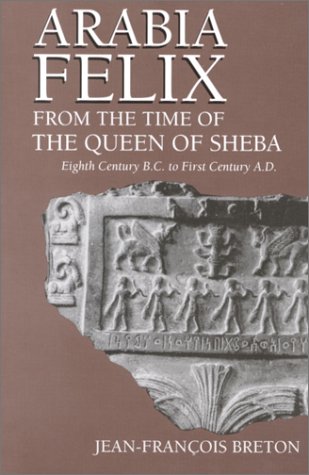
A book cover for Arabia Felix from the Time of the Queen of Sheba; Jean-Francois Breton; History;